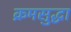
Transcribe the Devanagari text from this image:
क्रमसुद्धा